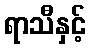
ရာသီနှင့်